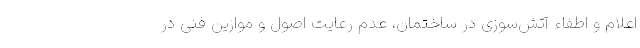
اعلام و اطفاء آتش‌سوزی در ساختمان، عدم رعایت اصول و موازین فنی در